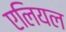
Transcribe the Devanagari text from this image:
एलियल